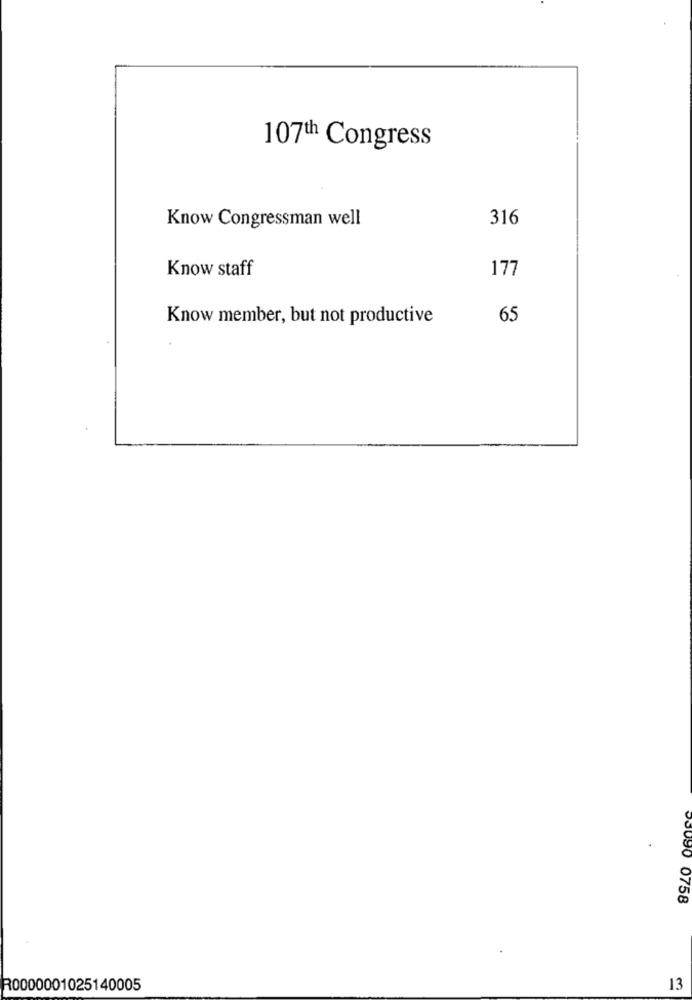
107th Congress
316
Know Congressman well
Know staff
177
Know member, but not productive
65
00090 0758
R0000001025140005
13